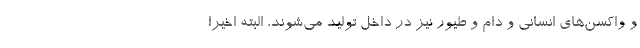
و واكسن‌های انسانی و دام و طیور نیز در داخل تولید می‌شوند، البته اخیرا